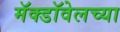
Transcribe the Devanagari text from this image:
मॅक्डॉवेलच्या